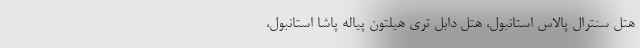
هتل سنترال پالاس استانبول، هتل دابل تری هیلتون پیاله پاشا استانبول،